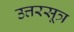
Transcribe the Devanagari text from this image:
उत्तरसूत्र